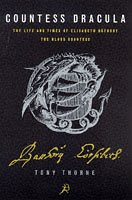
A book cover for Countess Dracula: Life and Times of Elisabeth Bathory, the Blood Countess; Tony Thorne; History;